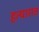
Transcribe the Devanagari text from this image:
हत्यारात